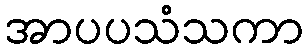
အာပပသံသကာ